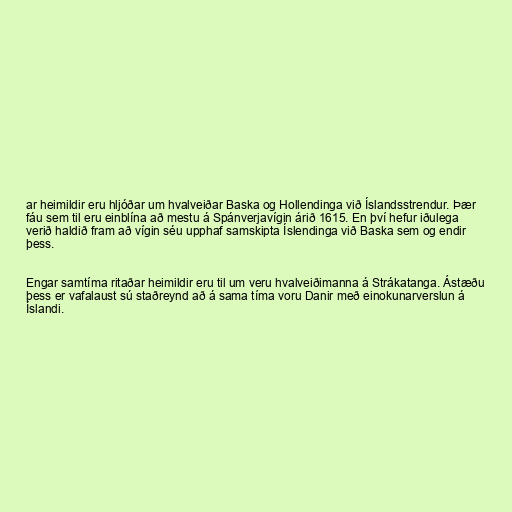
ar heimildir eru hljóðar um hvalveiðar Baska og Hollendinga við Íslandsstrendur. Þær
fáu sem til eru einblína að mestu á Spánverjavígin árið 1615. En því hefur iðulega
verið haldið fram að vígin séu upphaf samskipta Íslendinga við Baska sem og endir
þess.

Engar samtíma ritaðar heimildir eru til um veru hvalveiðimanna á Strákatanga. Ástæðu
þess er vafalaust sú staðreynd að á sama tíma voru Danir með einokunarverslun á
Íslandi.